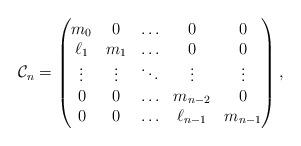
LaTeX: \begin{align*}\mathcal{C}_n=\begin{pmatrix}m_0 & 0 & \ldots & 0 & 0\\\ell_1 & m_1 & \ldots & 0 & 0\\\vdots & \vdots & \ddots & \vdots & \vdots\\0 & 0 & \ldots & m_{n-2} & 0\\0 & 0 & \ldots & \ell_{n-1} & m_{n-1}\end{pmatrix},\end{align*}